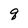
Character: q